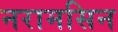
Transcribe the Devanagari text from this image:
नरामसिन